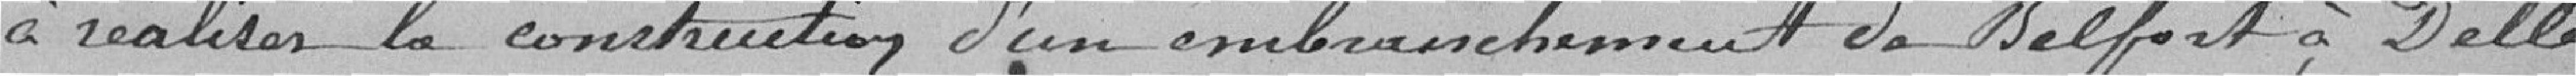
à réaliser la construction d'un embranchement de Belfort à Delle